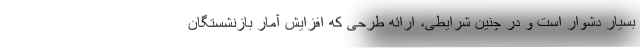
بسیار دشوار است و در چنین شرایطی، ارائه طرحی که افزایش آمار بازنشستگان